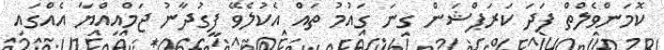
ކޮމަންވެލްތް ފަދަ ކަރަޕްޝަން ގިނަ ގައުމު ތައް އެކުލެވޭ ފީގުދާނު ޖަމްއިއްޔާ އެއްގައި